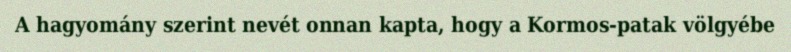
A hagyomány szerint nevét onnan kapta, hogy a Kormos-patak völgyébe